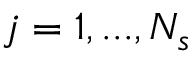
j = 1 , . . . , N _ { s }